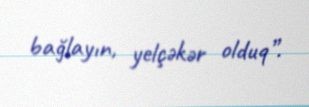
bağlayın, yelçəkər olduq”.